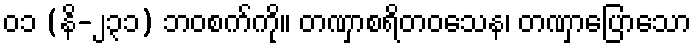
၀၁ (နိ-၂၃၁) ဘဝစက်ကို။ တဏှာစရိတဝသေန၊ တဏှာပြောသော